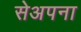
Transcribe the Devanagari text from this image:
सेअपना